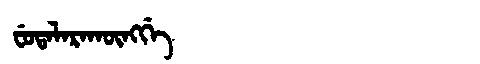
Manchu: ᠸᡠᡨᠠᠯᠠᡵᠠᡴᡡᠩᡤᡝ
Romanization: FUTALARAKŪNGGE